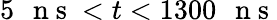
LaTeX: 5\mathrm{~\, ~n~s~}<t<1300\mathrm{~\, ~n~s~}